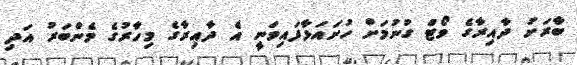
ބާރަށު ދާއިރާގެ ވޯޓް ގުނުމަށް ހުށައަޅާފައިވަނީ އެ ދާއިރާގެ މިހާރުގެ މެންބަރު އަދި